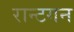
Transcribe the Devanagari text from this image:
रान्टगन